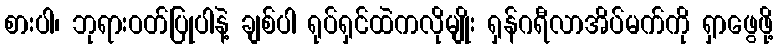
စားပါ၊ ဘုရားဝတ်ပြုပါနဲ့ ချစ်ပါ ရုပ်ရှင်ထဲကလိုမျိုး ရှန်ဂရီလာအိပ်မက်ကို ရှာဖွေဖို့